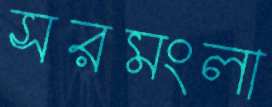
সরমংলা